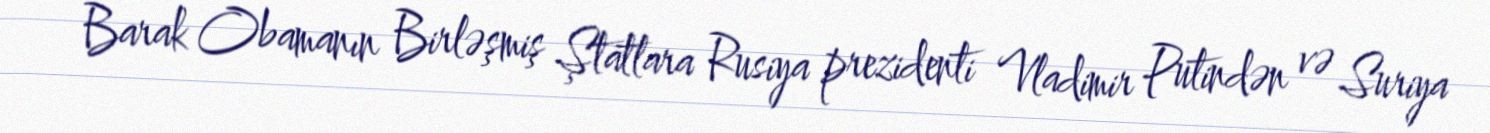
Barak Obamanın Birləşmiş Ştatlara Rusiya prezidenti Vladimir Putindən və Suriya